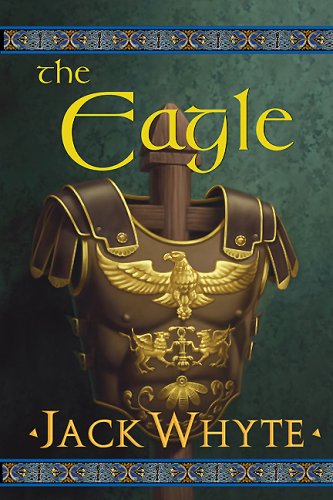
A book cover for The Eagle (The Camulod Chronicles, Book 9); Jack Whyte; Literature & Fiction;